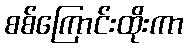
စစ်ကြောင်းထိုးကာ